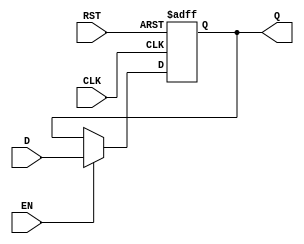
module BarrierRegister #(
    parameter WIDTH = 8  // Parameterized width for the data input/output
)(
    input  wire [WIDTH-1:0] D,    // Data input
    input  wire CLK,                // Clock signal
    input  wire EN,                 // Enable signal
    input  wire RST,                // Asynchronous reset signal
    output reg  [WIDTH-1:0] Q       // Data output
);

    // Asynchronous reset and synchronous capture on clock edge
    always @(posedge CLK or posedge RST) begin
        if (RST) begin
            Q <= {WIDTH{1'b0}};  // Clear the register to zero
        end else if (EN) begin
            Q <= D;              // Capture data on enable
        end
        // If EN is low, Q retains its previous value
    end

endmodule